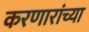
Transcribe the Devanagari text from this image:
करणारांच्या